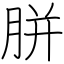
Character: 胼